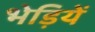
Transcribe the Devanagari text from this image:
भेड़ियें